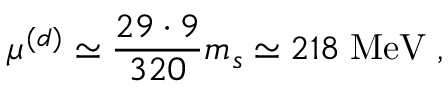
\mu ^ { ( d ) } \simeq \frac { 2 9 \cdot 9 } { 3 2 0 } m _ { s } \simeq 2 1 8 \; \mathrm { M e V } \; ,